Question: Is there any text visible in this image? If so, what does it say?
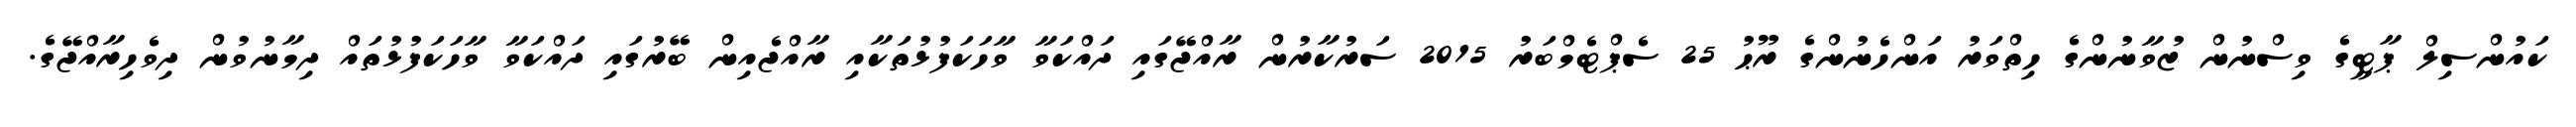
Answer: ކައުންސިލް ޕާޓީގެ ވިސްނުން ޒުވާނުންގެ ހިތްވަރު އަންހެނުންގެ ރޫޙު 25 ސެޕްޓެމްބަރު 2015 ސަރުކާރުން ރާއްޖޭގައި ދައްކަވާ ވާހަކަފުޅުތަކާއި ރާއްޖެއިން ބޭރުގައި ދައްކަވާ ވާހަކަފުޅުތައް ދިމާނުވުން ދިވެހިރާއްޖޭގެ.